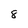
Character: 8